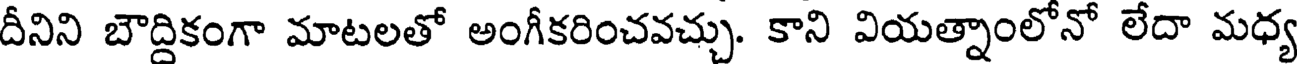
దీనిని బౌద్దికంగా మాటలతో అంగీకరించవచ్చు. కాని వియత్నాంలోనో లేదా మధ్య